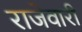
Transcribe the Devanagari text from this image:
राजेवारी